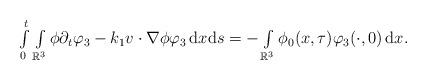
LaTeX: \begin{align*}\begin{array}{ll}\int\limits_0^t \int\limits_{\mathbb{R}^3}\phi\partial_t\varphi_3 - k_1 v\cdot\nabla\phi \varphi_3\,\mathrm{d}x\mathrm{d}s = -\int\limits_{\mathbb{R}^3} \phi_0(x,\tau)\varphi_3(\cdot,0)\,\mathrm{d}x.\end{array}\end{align*}